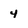
Character: 4